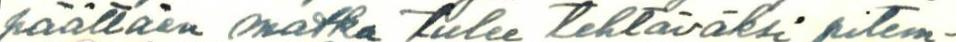
päättäen matka tulee tehtäväksi pitem-